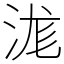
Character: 浝